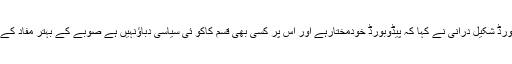
اجلاس سے خطاب کرتے ہوئے چیئرمین پیڈوبورڈ شکیل درانی نے کہا کہ پیڈوبورڈ خودمختارہے اور اس پر کسی بھی قسم کاکو ئی سیاسی دباؤنہیں ہے صوبے کے بہتر مفاد کے لئے تمام ترفیصلے میرٹ پر کئے جائیں گے۔